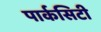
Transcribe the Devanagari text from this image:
पार्कसिटी